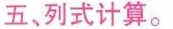
五，列式计算。